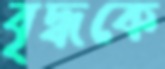
বৃদ্ধকে